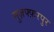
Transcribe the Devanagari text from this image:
मुज़फ्फ़रपुर